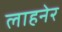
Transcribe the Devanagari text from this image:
लाहनेर